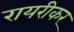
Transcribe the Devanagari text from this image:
रायरीकर